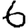
Digit: 6